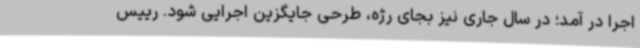
اجرا در آمد؛ در سال جاری نیز بجای رژه، طرحی جایگزین اجرایی شود. رییس